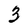
Character: 3